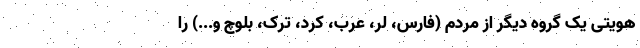
هویتی یک گروه دیگر از مردم (فارس، لر، عرب، کرد، ترک، بلوچ و...) را